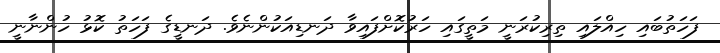
ފަހަތުބައި ހިއްލައި ތިރިކުރަނީ މަތީގައި ހަރުކޮށްފައިވާ ދަނޑިއަކުންނެވެ. ދަނޑީގެ ފަހަތު ކޮޅު ހުންނާނީ